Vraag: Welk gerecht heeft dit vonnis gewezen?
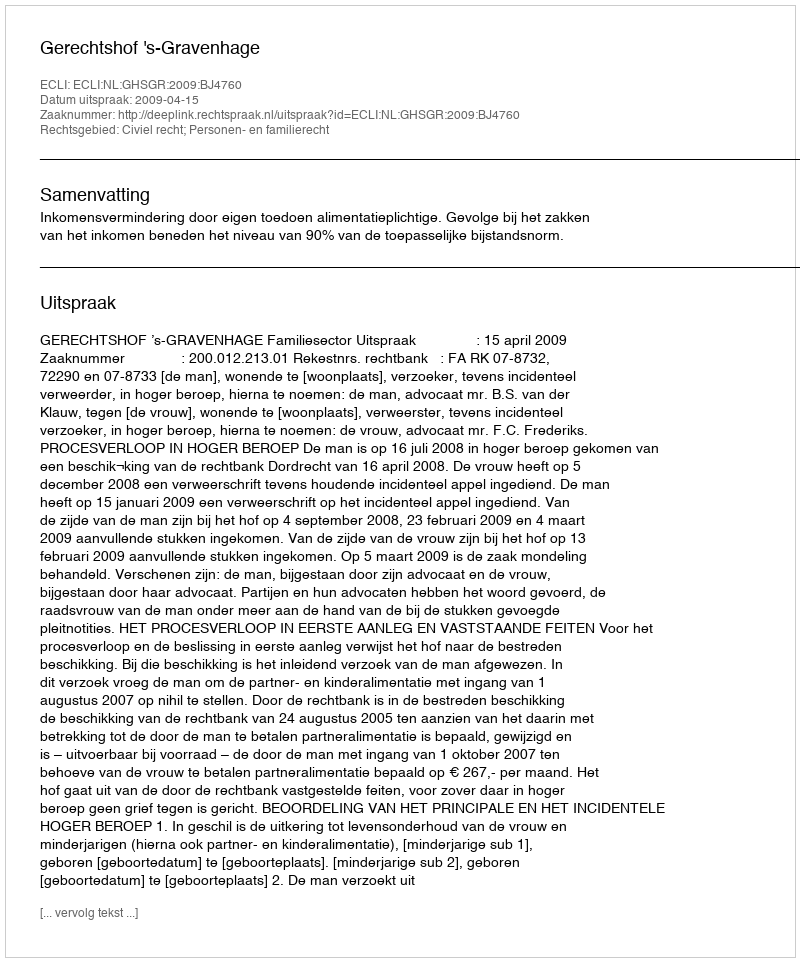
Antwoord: Gerechtshof 's-Gravenhage